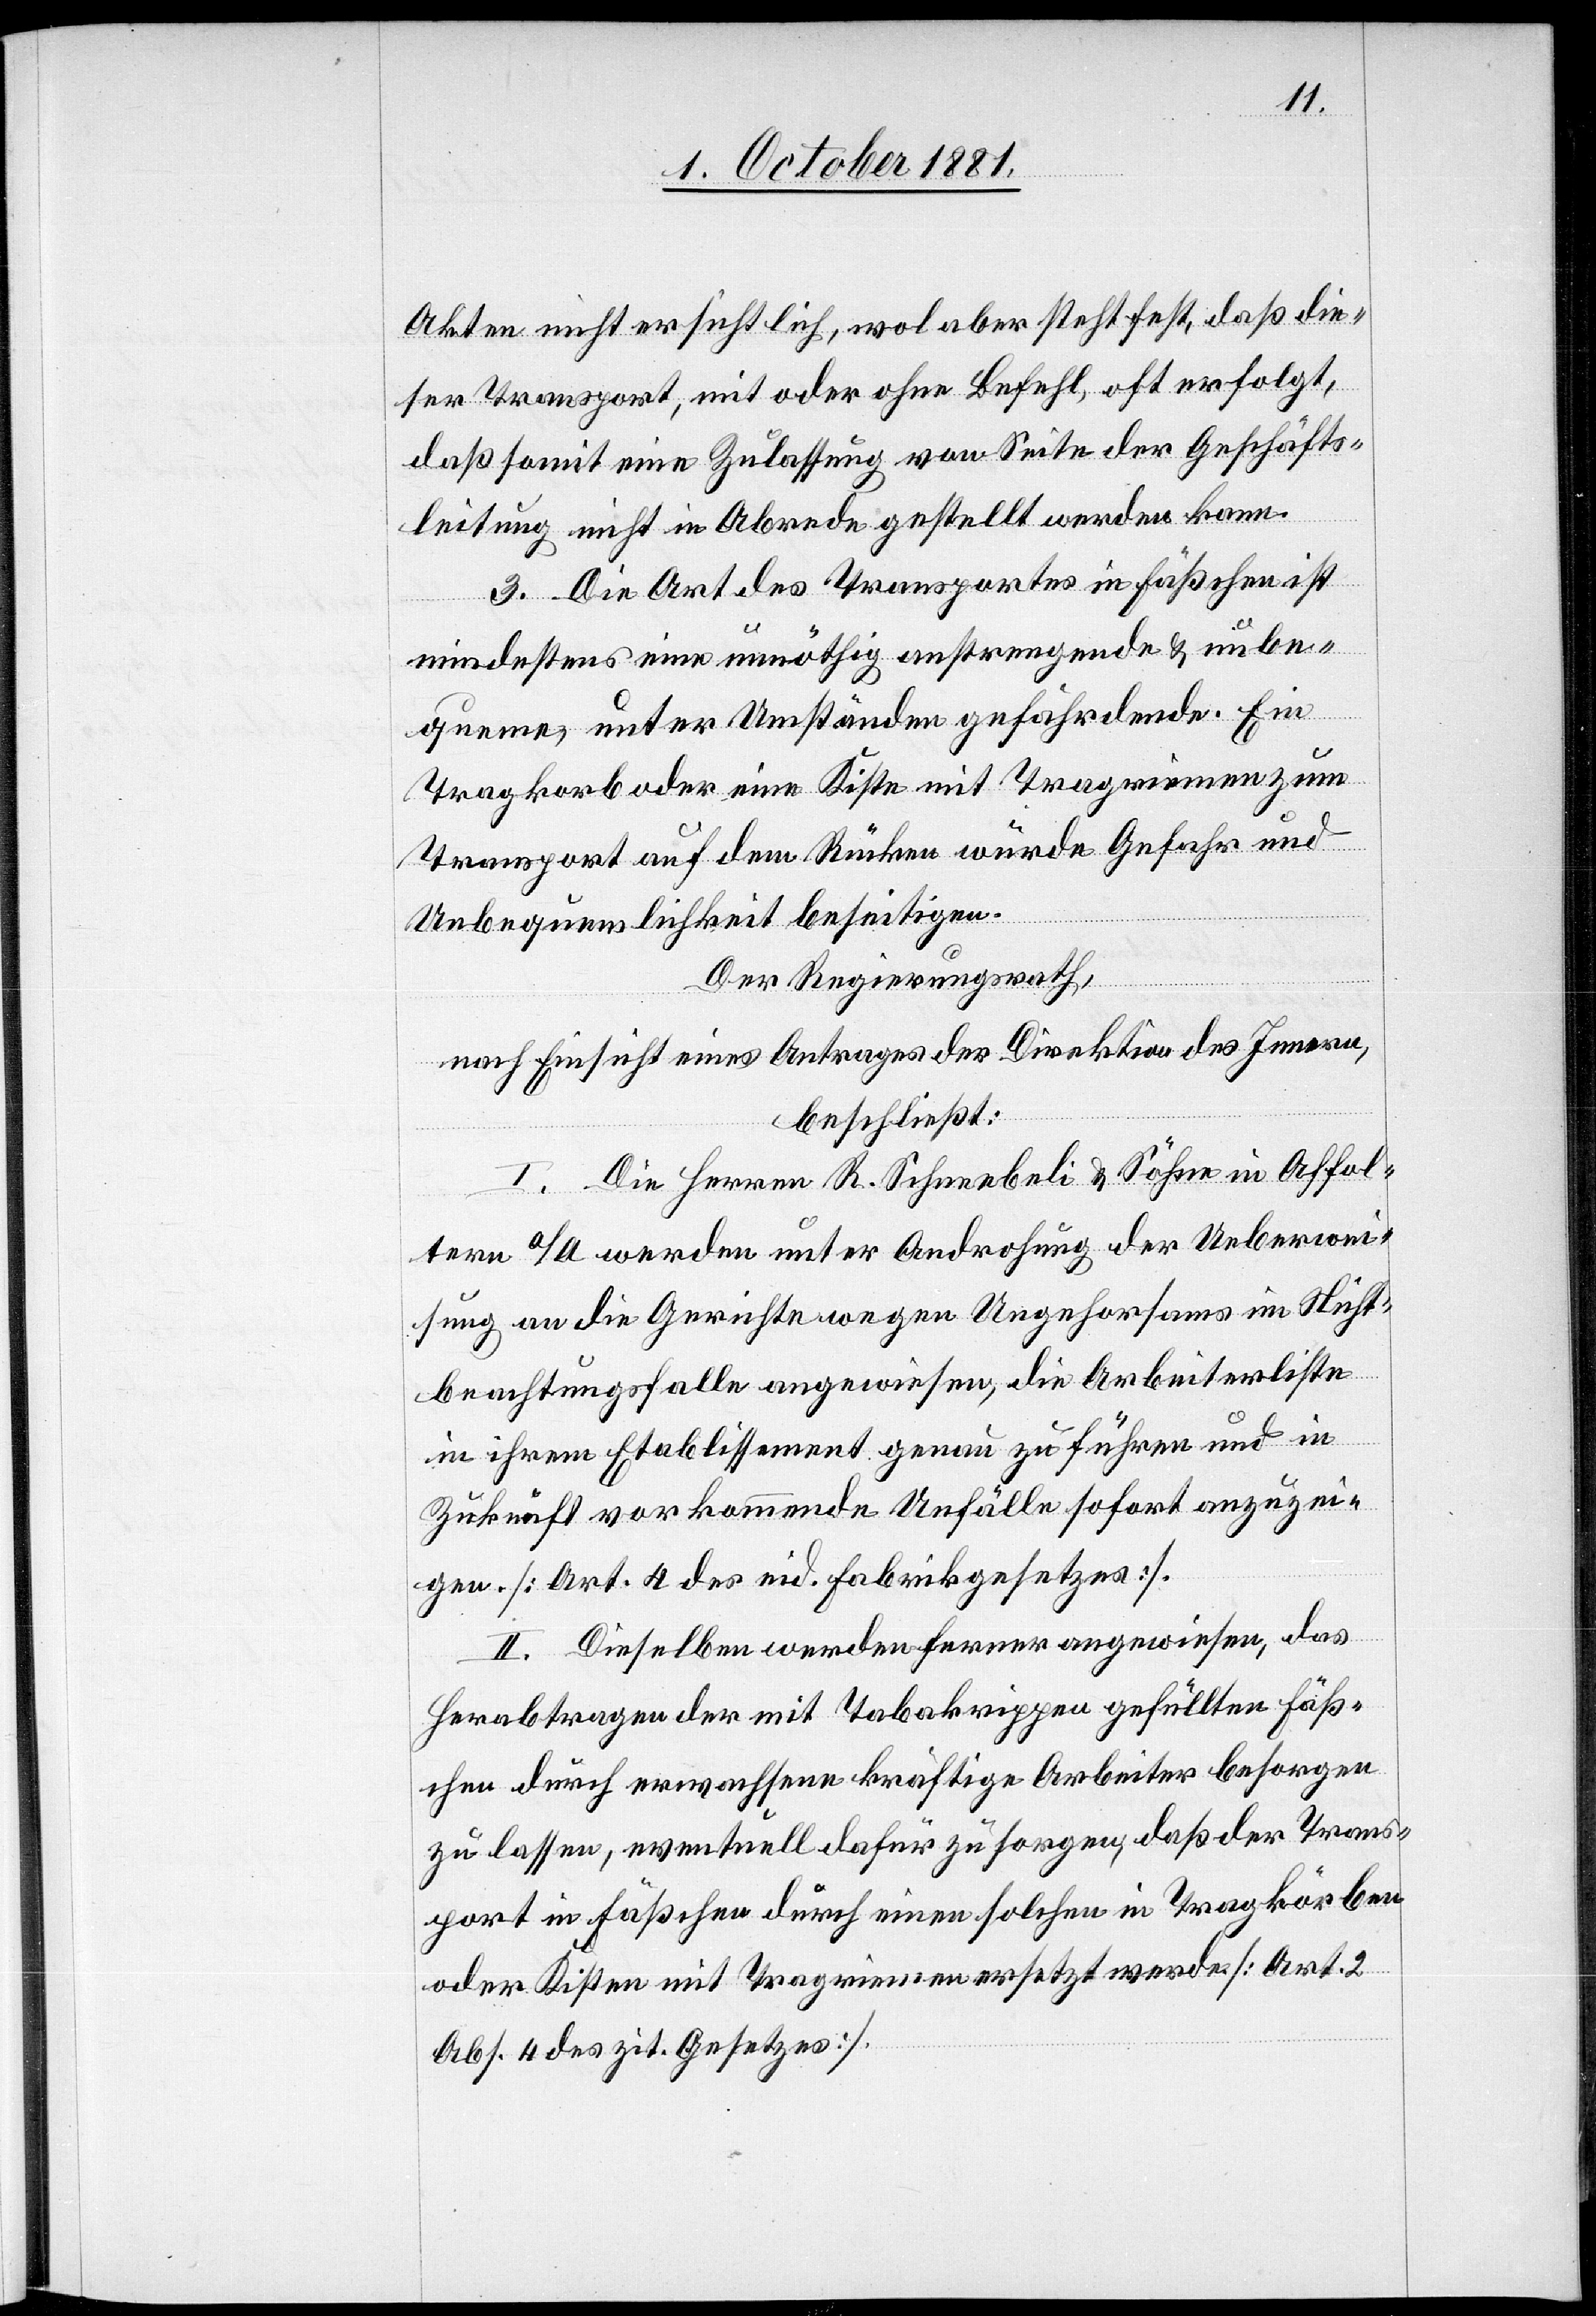
Akten nicht ersichtlich, wol aber steht fest, daß die¬
ser Transport, mit oder ohne Befehl, oft erfolgt,
daß somit eine Zulassung von Seite der Geschäfts¬
leitung nicht in Abrede gestellt werden kann.
3. Die Art des Transportes in Fäßchen ist
mindestens eine unnöthig anstrengende & unbe¬
queme, unter Umständen gefährdende. Ein
Tragkorb oder eine Kiste mit Tragriemen zum
Transport auf dem Rücken würde Gefahr und
Unbequemlichkeit beseitigen.
Der Regierungsrath,
nach Einsicht eines Antrages der Direktion des Innern,
beschließt:
I. Die Herren R. Schneebeli & Söhne in Affol¬
tern a/A werden unter Androhung der Ueberwei¬
sung an die Gerichte wegen Ungehorsams im Nicht¬
beachtungsfalle angewiesen, die Arbeiterliste
in ihrem Etablissement genau zu führen und in
Zukunft vorkommende Unfälle sofort anzuzei¬
gen. [Art. 4 des eid. Fabrikgesetzes].
II. Dieselben werden ferner angewiesen, das
Herabtragen der mit Tabakrippen gefüllten Fäß¬
chen durch erwachsene kräftige Arbeiter besorgen
zu lassen, eventuell dafür zu sorgen, daß der Trans¬
port in Fäßchen durch einen solchen in Tragkörben
oder Kisten mit Tragriemen ersetzt werde [Art. 2
Abs. 4 des zit. Gesetzes].